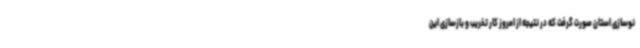
نوسازی استان صورت گرفت که در نتیجه از امروز کار تخریب و بازسازی این